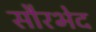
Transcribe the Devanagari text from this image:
सौरभेद